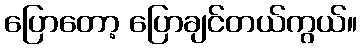
ပြောတော့ ပြောချင်တယ်ကွယ်။